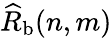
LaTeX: \widehat{R}_{\mathrm{b}}(n,m)